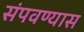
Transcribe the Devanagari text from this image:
संपवण्यास